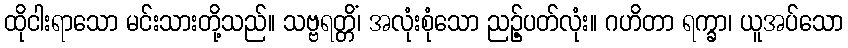
ထိုငါးရာသော မင်းသားတို့သည်။ သဗ္ဗရတ္တိံ၊ အလုံးစုံသော ညဉ့်ပတ်လုံး။ ဂဟိတာ ရက္ခာ၊ ယူအပ်သော